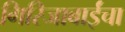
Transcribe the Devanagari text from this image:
गिरिजाबाईंचा